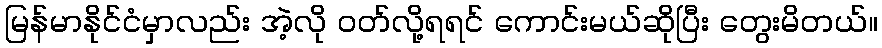
မြန်မာနိုင်ငံမှာလည်း အဲ့လို ဝတ်လို့ရရင် ကောင်းမယ်ဆိုပြီး တွေးမိတယ်။